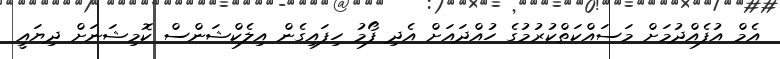
އެމް އުފެއްދުމަށް މަސައްކަތްކުރުމުގެ ހުއްދައަށް އެދި ފޯމު ހިފައިގެން އިލެކްޝަންސް ކޮމިޝަނަށް ދިޔައީ